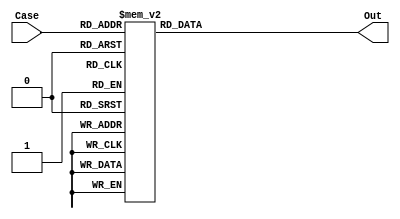
/*
	7 Segment display decoder
*/

module Single_Segment(Case, Out);

	input [3:0]Case;
	output reg [6:0] Out;
	
	always @(*)
	case(Case)
		/* 7 Segment display is active low*/
		4'b0000: Out=7'b1000000;
		4'b0001: Out=7'b1111001;
		4'b0010: Out=7'b0100100;
		4'b0011: Out=7'b0110000;
		4'b0100: Out=7'b0011001;
		4'b0101: Out=7'b0010010;
		4'b0110: Out=7'b0000010;
		4'b0111: Out=7'b1111000;
		4'b1000: Out=7'b0000000;
		4'b1001: Out=7'b0010000;
		4'b1010: Out=7'b0001000;
		4'b1011: Out=7'b0000011;
		4'b1100: Out=7'b1000110;
		4'b1101: Out=7'b0100001;
		4'b1110: Out=7'b0000110;
		4'b1111: Out=7'b0001110;
		default: Out=7'b1111111;
	endcase
	
endmodule